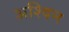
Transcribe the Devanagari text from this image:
अश्‍िवन